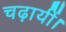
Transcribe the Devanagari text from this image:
चढ़ायीं।